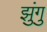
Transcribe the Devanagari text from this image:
झुंगु